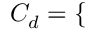
C _ { d } = \left\{ \begin{array} { r l r l } \end{array} \right.